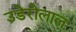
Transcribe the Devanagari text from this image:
उडेरोलाल